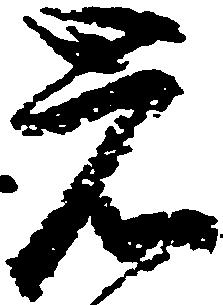
岩